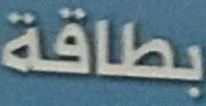
بطاقة